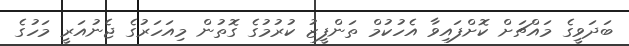
ބަދަވީގެ މައްޗަށް ކޮށްފައިވާ އެހުކުމް ތަންފީޒު ކުރުމުގެ ގޮތުން މިއަހަރުގެ ޖެނުއަރީ މަހުގެ